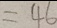
= 4 6